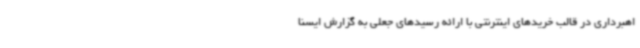
اهبرداری در قالب خریدهای اینترنتی با ارائه رسیدهای جعلی به گزارش ایسنا